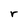
Character: r